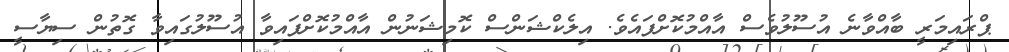
ޕްރައިމަރީ ބާއްވާނެ އުސޫލުވެސް އާއްމުކޮށްފައެވެ. އިލެކްޝަންސް ކޮމިޝަނުން އާއްމުކޮށްފައިވާ އުސޫލުގައިވާ ގޮތުން ސިޔާސީ